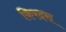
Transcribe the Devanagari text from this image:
किरदरा